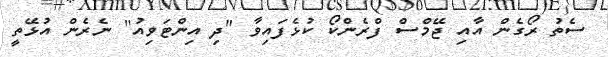
ސެތު ރޯގެން އާއި ޖޭމްސް ފްރެންކޯ ކުޅެފައިވާ "ދި އިންޓަވިއު" ނެރެން އުޅޭތީ